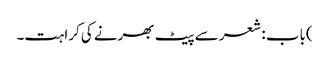
)باب : شعر سے پیٹ بھرنے کی کراہت۔